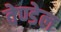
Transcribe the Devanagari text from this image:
वेण्डेल